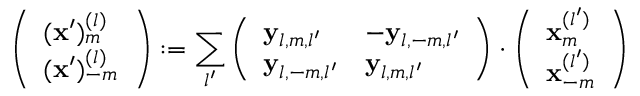
\left( \begin{array} { l } { ( \mathbf { x } ^ { \prime } ) _ { m } ^ { ( l ) } } \\ { ( \mathbf { x } ^ { \prime } ) _ { - m } ^ { ( l ) } } \end{array} \right) : = \sum _ { l ^ { \prime } } \left( \begin{array} { l l } { \mathbf { y } _ { l , m , l ^ { \prime } } } & { - \mathbf { y } _ { l , - m , l ^ { \prime } } } \\ { \mathbf { y } _ { l , - m , l ^ { \prime } } } & { \mathbf { y } _ { l , m , l ^ { \prime } } } \end{array} \right) \cdot \left( \begin{array} { l } { \mathbf { x } _ { m } ^ { ( l ^ { \prime } ) } } \\ { \mathbf { x } _ { - m } ^ { ( l ^ { \prime } ) } } \end{array} \right)